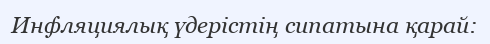
Инфляциялық үдерістің сипатына қарай: